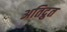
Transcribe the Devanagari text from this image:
अतिद्रुत